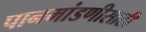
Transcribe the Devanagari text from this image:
पानमांडणीसाठी